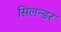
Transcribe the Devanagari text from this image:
सिलन्डर